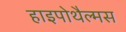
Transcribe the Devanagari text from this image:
हाइपोथैल्मस